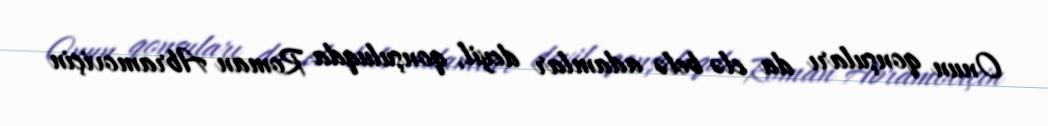
Onun qonşuları da elə belə adamlar deyil, qonşuluqda Roman Abramoviçin